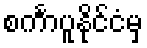
စင်္ကာပူနိုင်ငံမှ